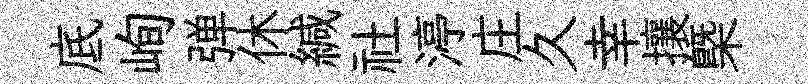
底峋弹休緘社渟庄久幸攘槩